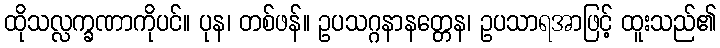
ထိုသလ္လက္ခဏာကိုပင်။ ပုန၊ တစ်ဖန်။ ဥပသဂ္ဂနာနတ္တေန၊ ဥပသာရအာဖြင့် ထူးသည်၏